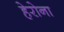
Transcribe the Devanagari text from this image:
हेरोना